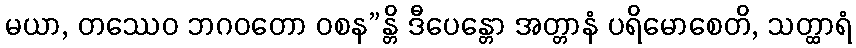
မယာ, တဿေဝ ဘဂဝတော ဝစန”န္တိ ဒီပေန္တော အတ္တာနံ ပရိမောစေတိ, သတ္ထာရံ